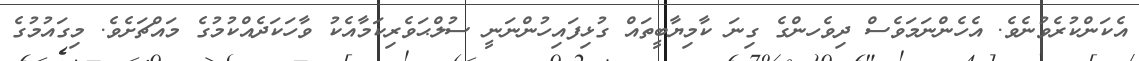
އެކަންކުރެވުނެވެ. އެހެންނަމަވެސް ދިވެހންގެ ގިނަ ކާމިޔާބީތައް ގުޅިފައިހުންނަނީ ސުލްޙަވެރިކަމާއެކު ވާހަކަދެއްކުމުގެ މައްޗަށެވެ. މިގައުމުގެ